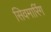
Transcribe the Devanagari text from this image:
सिवमारिंग